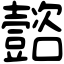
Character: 𡄻